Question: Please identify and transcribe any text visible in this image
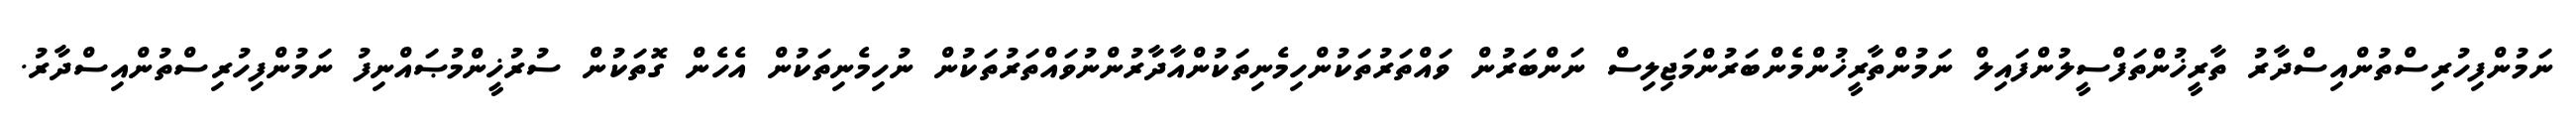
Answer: ނަމުންފިހުރިސްތުންއިސްދާރު ތާރީޚުންތަފްސީލުންފައިލް ނަމުންތާރީޚުންމެންބަރުންމަޖިލިސް ނަންބަރުން ވައްތަރުތަކުންހިމެނިތަކުންއާދާރުންނުވައްތަރުތަކުން ނުހިމެނިތަކުން އެހެން ގޮތަކުން ސުރުޚީންމުޞައްނިފު ނަމުންފިހުރިސްތުންއިސްދާރު.